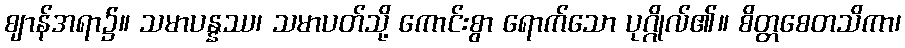
ဈာန်အရာ၌။ သမာပန္နဿ၊ သမာပတ်သို့ ကောင်းစွာ ရောက်သော ပုဂ္ဂိုလ်၏။ စိတ္တစေတသိကာ၊